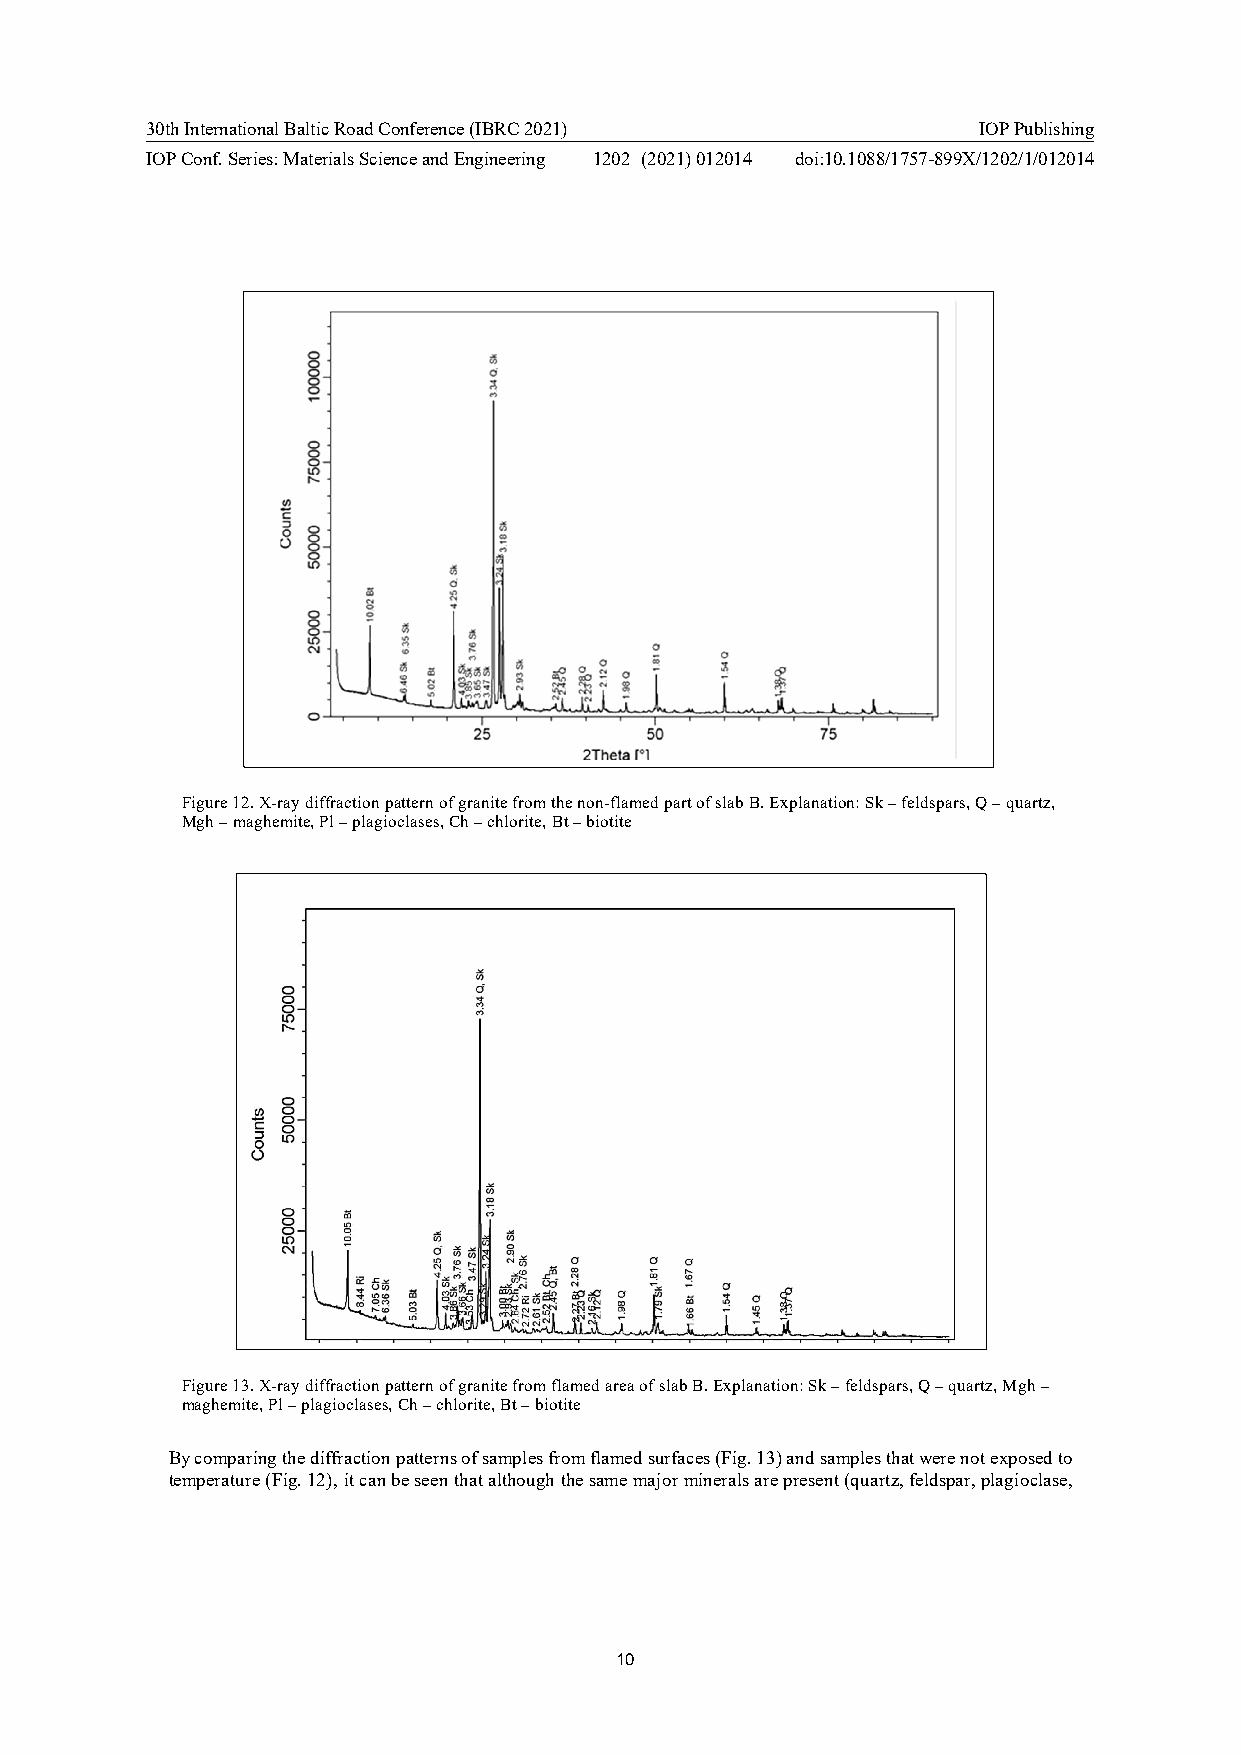
30th International Baltic Road Conference (IBRC 2021)  IOP Publishing
 IOP Conf. Series: Materials Science and Engineering 1202 (2021) 012014 doi:10.1088/1757-899X/1202/1/012014
 Figure 12. X-ray diffraction pattern of granite from the non-flamed part of slab B. Explanation: Sk – feldspars, Q – quartz,
 Mgh – maghemite, Pl – plagioclases, Ch – chlorite, Bt – biotite
 Figure 13. X-ray diffraction pattern of granite from flamed area of slab B. Explanation: Sk – feldspars, Q – quartz, Mgh –
 maghemite, Pl – plagioclases, Ch – chlorite, Bt – biotite
 By comparing the diffraction patterns of samples from flamed surfaces (Fig. 13) and samples that were not exposed to
 temperature (Fig. 12), it can be seen that although the same major minerals are present (quartz, feldspar, plagioclase,
 10